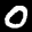
Label: 0